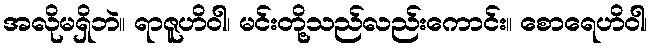
အလိုမရှိဘဲ။ ရာဇူဟိဝါ၊ မင်းတို့သည်လည်းကောင်း။ စောရေဟိဝါ၊